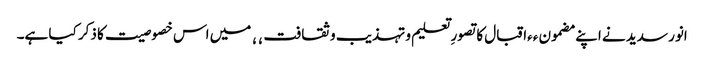
انور سدید نے اپنے مضمون ٫٫اقبال کا تصورِ تعلیم و تہذیب و ثقافت٬٬ میں اس خصوصیت کا ذکر کیا ہے۔